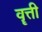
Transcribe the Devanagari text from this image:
वॄत्ती